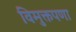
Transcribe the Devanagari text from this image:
विमुक्तपणा